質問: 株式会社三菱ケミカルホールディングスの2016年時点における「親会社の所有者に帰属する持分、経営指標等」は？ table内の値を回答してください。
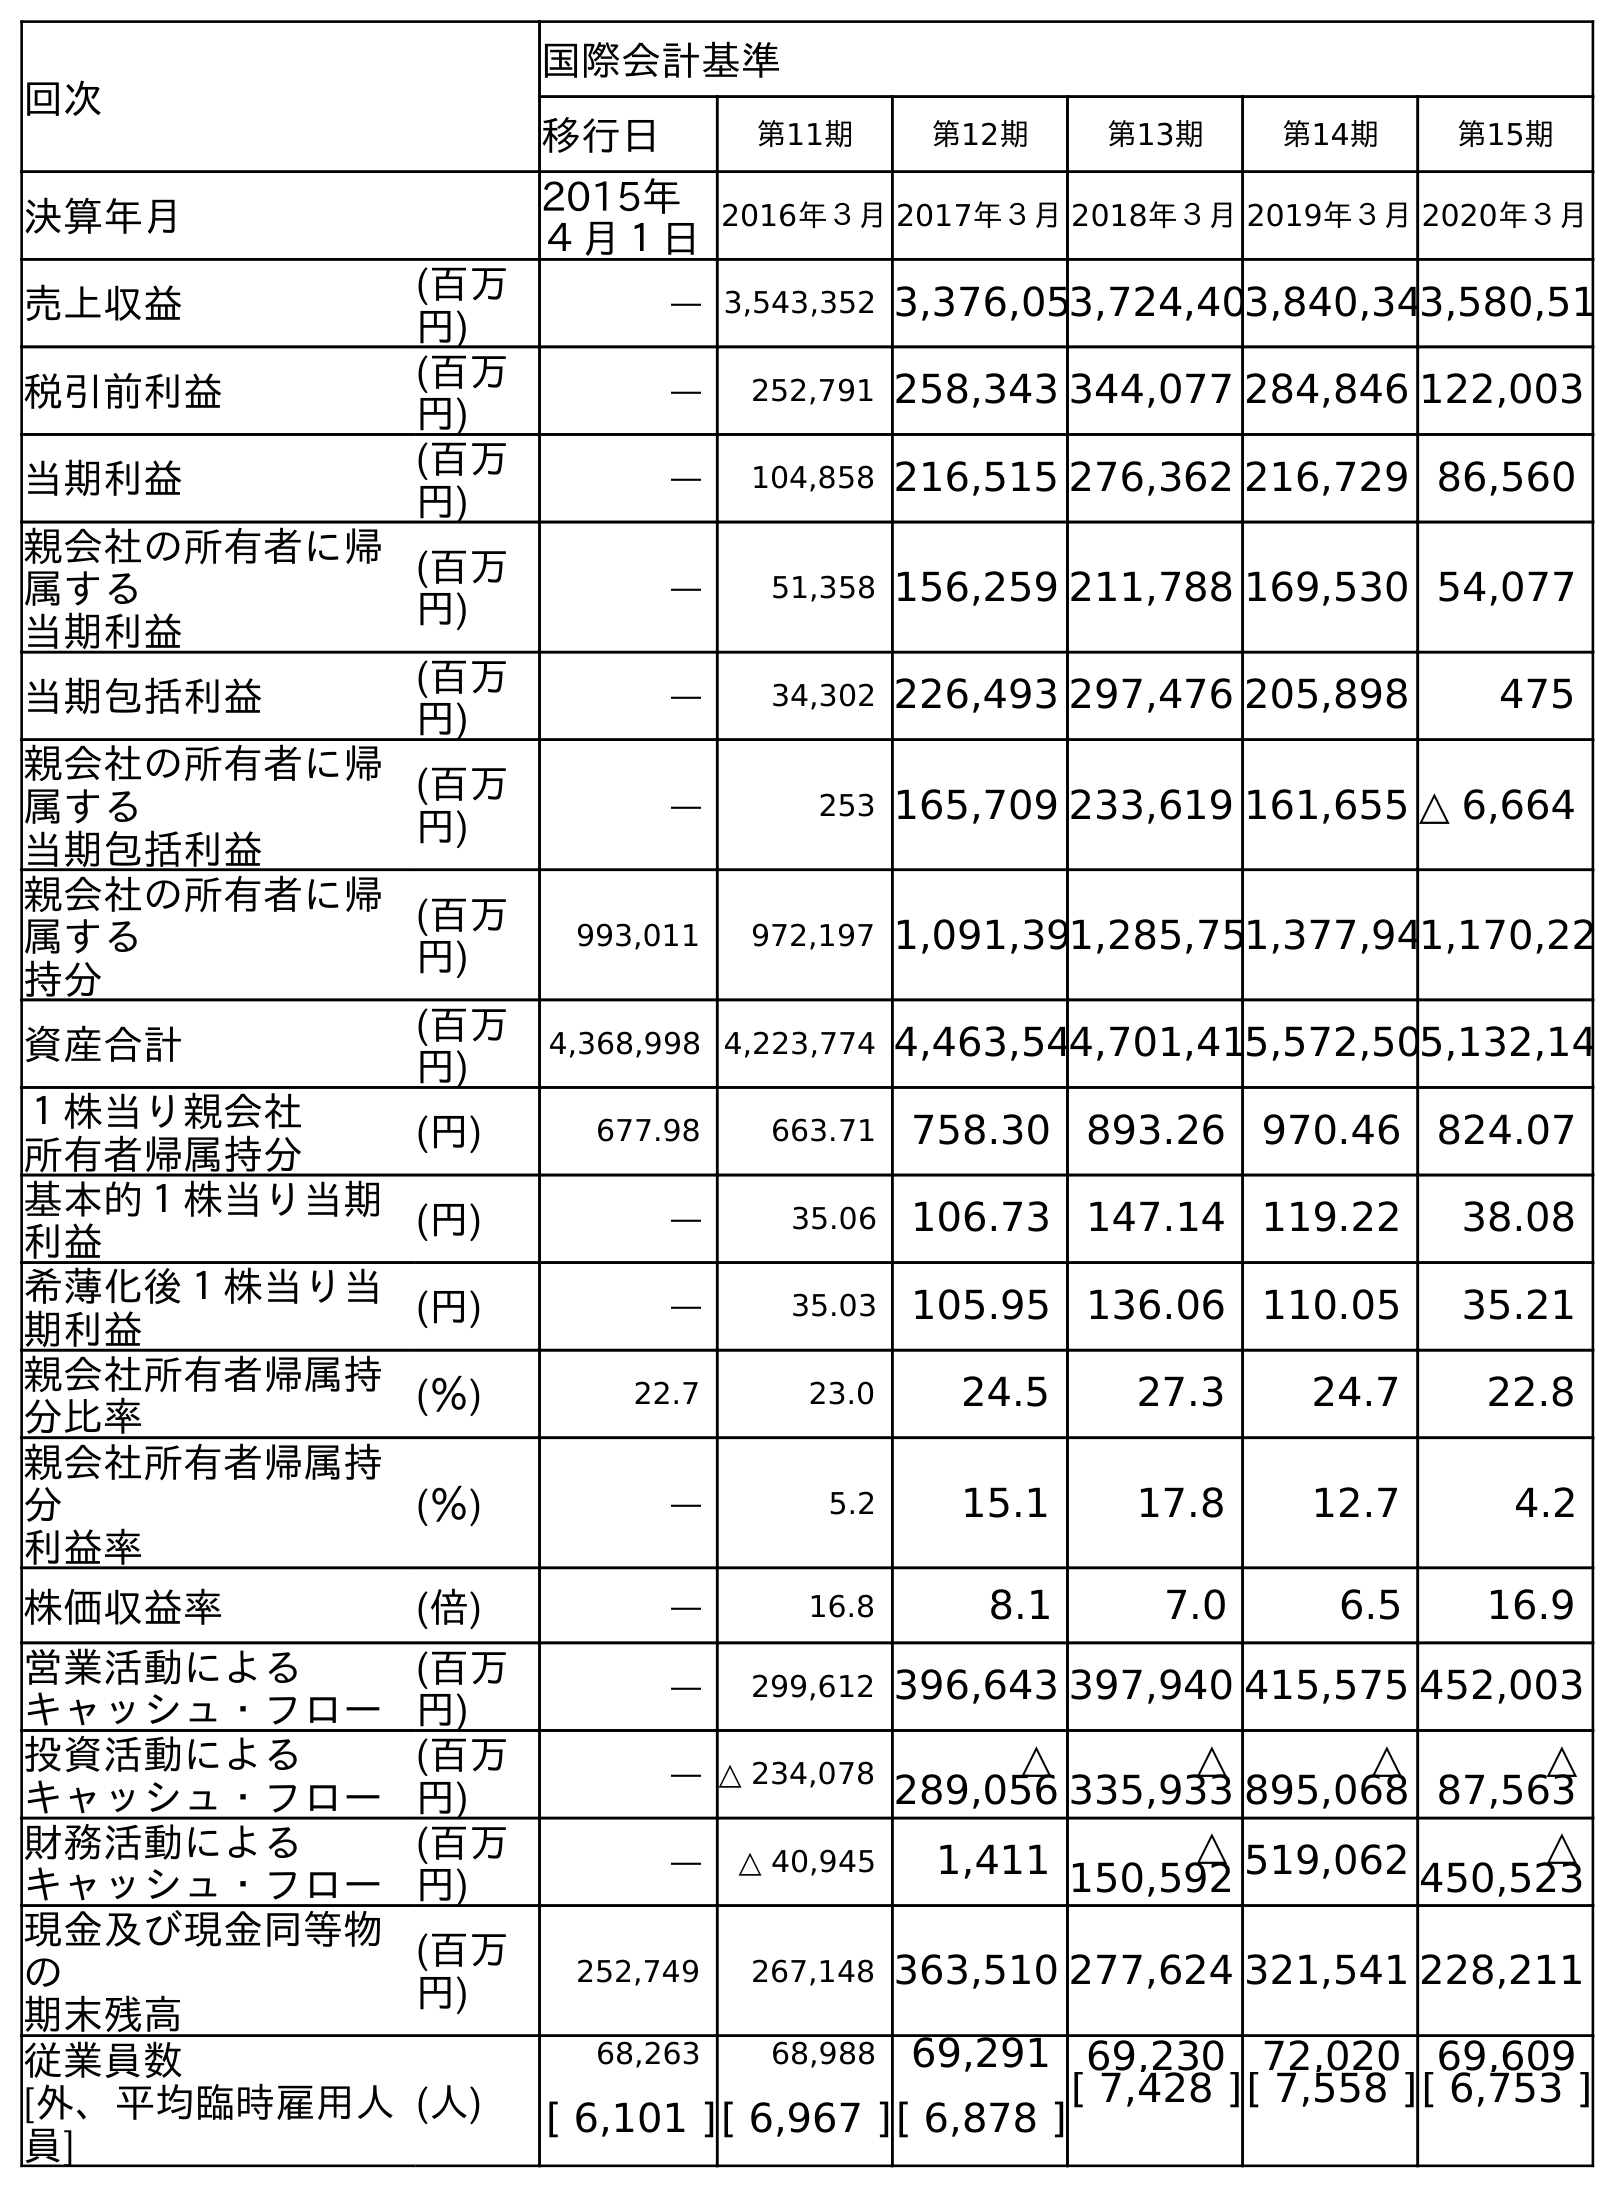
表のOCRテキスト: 回次 国際会計基準 移行日 第11期 第12期 第13期 第14期 第15期 決算年月 2015年 ４月１日 2016年３月2017年３月2018年３月2019年３月2020年３月 売上収益 (百万 円) ― 3,543,352 3,376,053,724,403,840,343,580,51 税引前利益 (百万 円) ― 252,791 258,343 344,077 284,846 122,003 当期利益 (百万 円) ― 104,858 216,515 276,362 216,729 86,560 親会社の所有者に帰 属する 当期利益 (百万 円) ― 51,358 156,259 211,788 169,530 54,077 当期包括利益 (百万 円) ― 34,302 226,493 297,476 205,898 475 親会社の所有者に帰 属する 当期包括利益 (百万 円) ― 253 165,709 233,619 161,655 △ 6,664 親会社の所有者に帰 属する 持分 (百万 円) 993,011 972,197 1,091,391,285,751,377,941,170,22 資産合計 (百万 円) 4,368,998 4,223,774 4,463,544,701,415,572,505,132,14 １株当り親会社 所有者帰属持分 (円) 677.98 663.71 758.30 893.26 970.46 824.07 基本的１株当り当期 利益 (円) ― 35.06 106.73 147.14 119.22 38.08 希薄化後１株当り当 期利益 (円) ― 35.03 105.95 136.06 110.05 35.21 親会社所有者帰属持 分比率 (％) 22.7 23.0 24.5 27.3 24.7 22.8 親会社所有者帰属持 分 利益率 (％) ― 5.2 15.1 17.8 12.7 4.2 株価収益率 (倍) ― 16.8 8.1 7.0 6.5 16.9 営業活動による キャッシュ・フロー (百万 円) ― 299,612 396,643 397,940 415,575 452,003 投資活動による キャッシュ・フロー (百万 円) ― △ 234,078 △ 289,056 △ 335,933 △ 895,068 △ 87,563 財務活動による キャッシュ・フロー (百万 円) ― △ 40,945 1,411 △ 150,592 519,062 △ 450,523 現金及び現金同等物 の 期末残高 (百万 円) 252,749 267,148 363,510 277,624 321,541 228,211 従業員数 [外、平均臨時雇用人 員] (人) 68,263 68,988 69,291 69,230 72,020 69,609 [ 6,101 ][ 6,967 ][ 6,878 ][ 7,428 ][ 7,558 ][ 6,753 ]
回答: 972,197